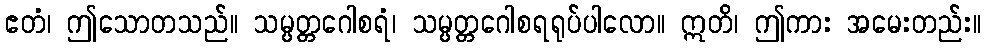
ဧတံ၊ ဤသောတသည်။ သမ္ပတ္တဂေါစရံ၊ သမ္ပတ္တဂေါစရရုပ်ပါလော။ ဣတိ၊ ဤကား အမေးတည်း။